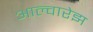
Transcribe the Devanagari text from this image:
आल्वारेझ